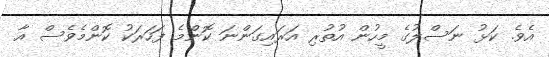
އެވެ. ކަޅު ނަސްލުގެ މީހުން އުތުރި އަރައިގަންނަ ކޮންމެ ފަހަރަކު ކޮންމެވެސް އާ